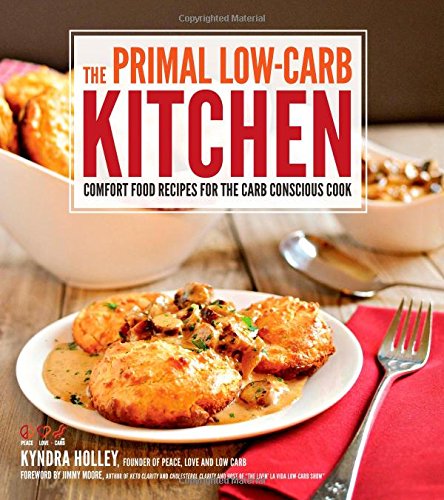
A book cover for The Primal Low-Carb Kitchen: Comfort Food Recipes for the Carb Conscious Cook; Kyndra Holley; Cookbooks, Food & Wine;